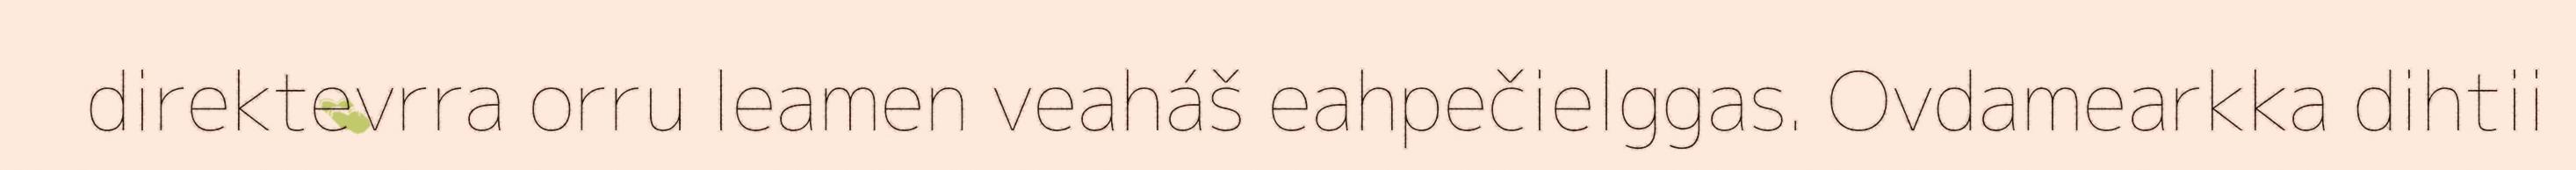
direktevrra orru leamen veaháš eahpečielggas. Ovdamearkka dihtii